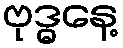
ဗုဒ္ဓနေ့